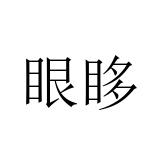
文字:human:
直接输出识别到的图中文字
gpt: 眼眵